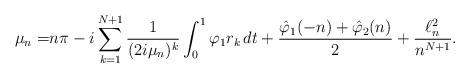
LaTeX: \begin{align*}\mu_n=& n\pi-i \sum_{k=1}^{N+1}\frac{1}{(2i\mu_n)^k}\int_0^1 \varphi_1r_k\,dt + \frac{\hat\varphi_1(-n)+\hat\varphi_2(n)}{2}+ \frac{\ell^2_n}{n^{N+1}}.\end{align*}